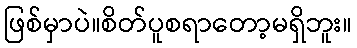
ဖြစ်မှာပဲ။စိတ်ပူစရာတော့မရှိဘူး။